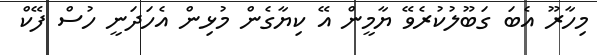
މިހާރޫ އެބަ ގަބޫލުކުރެވޭ ޔާމީން އޭ ކިޔާގެން މުޅިން އެހަދަނީ ހުސް ފޭކް